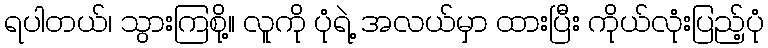
ရပါတယ်၊ သွားကြစို့။ လူကို ပုံရဲ့ အလယ်မှာ ထားပြီး ကိုယ်လုံးပြည့်ပုံ